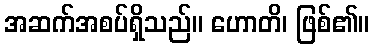
အဆက်အစပ်ရှိသည်။ ဟောတိ၊ ဖြစ်၏။